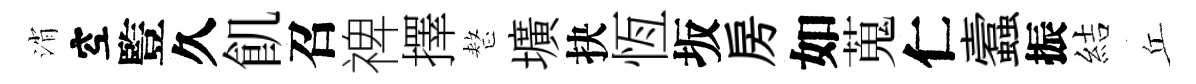
消空䜿久飢召禆擇整壙抉恆坂房如蒐仁蠧振結丘